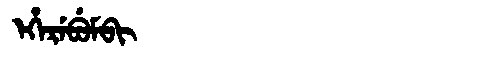
Manchu: ᡝᡥᡝᡵᡝᠪᡠᠮᠪᡳ
Romanization: EHEREBUMBI